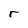
Character: r